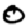
Digit: 0